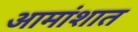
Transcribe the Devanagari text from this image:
आमांशात